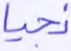
نجيا